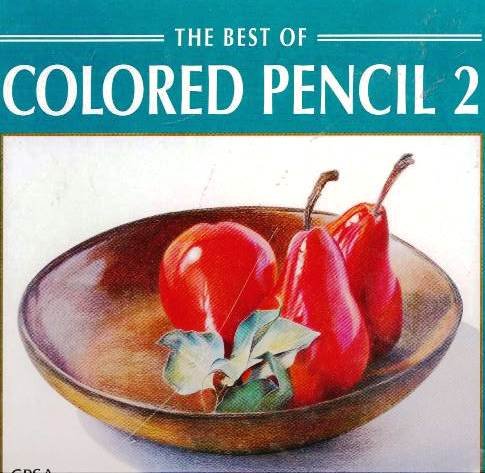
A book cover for The Best of Colored Pencil Two (Best of Colored Pencil Series) (No. 2); Colored Pencil Society of America; Arts & Photography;